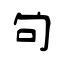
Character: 戓